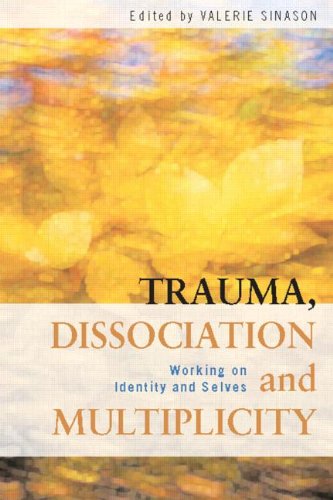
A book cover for Trauma, Dissociation and Multiplicity: Working on Identity and Selves; Health, Fitness & Dieting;